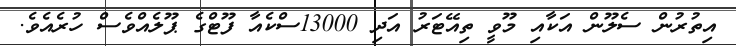
އިތުރުން ސެލޫން އަކާއި މޫވީ ތިއޭޓަރު އަދި 13000ސްކެއާ ފޫޓްގެ ޕޫލެއްވެސް ހުރެއެވެ.